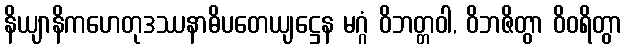
နိယျာနိကဟေတုဒဿနာဓိပတေယျဋ္ဌေန မဂ္ဂံ ဝိဘတ္တဝါ, ဝိဘဇိတွာ ဝိဝရိတွာ